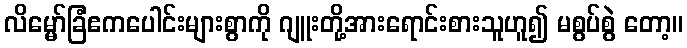
လိမ္မော်ခြံဧကပေါင်းများစွာကို ဂျူးတို့အားရောင်းစားသူဟူ၍ မစွပ်စွဲ တော့။